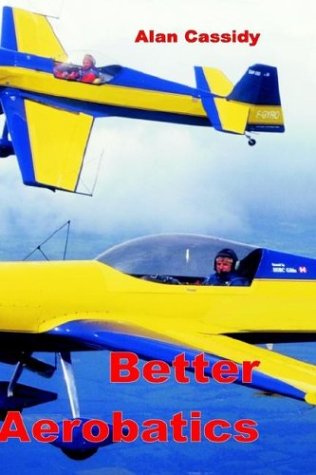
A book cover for Better Aerobatics (Vol 1); Alan Charles Cassidy; Sports & Outdoors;